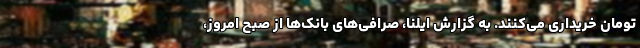
تومان خریداری می‌کنند. به گزارش ایلنا، صرافی‌های بانک‌ها از صبح امروز،